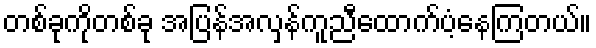
တစ်ခုကိုတစ်ခု အပြန်အလှန်ကူညီထောက်ပံ့နေကြတယ်။